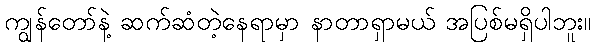
ကျွန်တော်နဲ့ ဆက်ဆံတဲ့နေရာမှာ နာတာရှာမယ် အပြစ်မရှိပါဘူး။